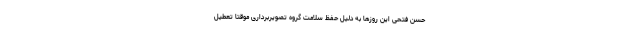
حسن فتحی این روزها به دلیل حفظ سلامت گروه تصویربرداری موقتا تعطیل